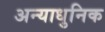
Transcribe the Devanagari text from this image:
अन्याधुनिक